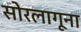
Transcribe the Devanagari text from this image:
सोरलागूना